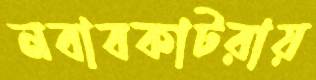
নবাবকাটরায়